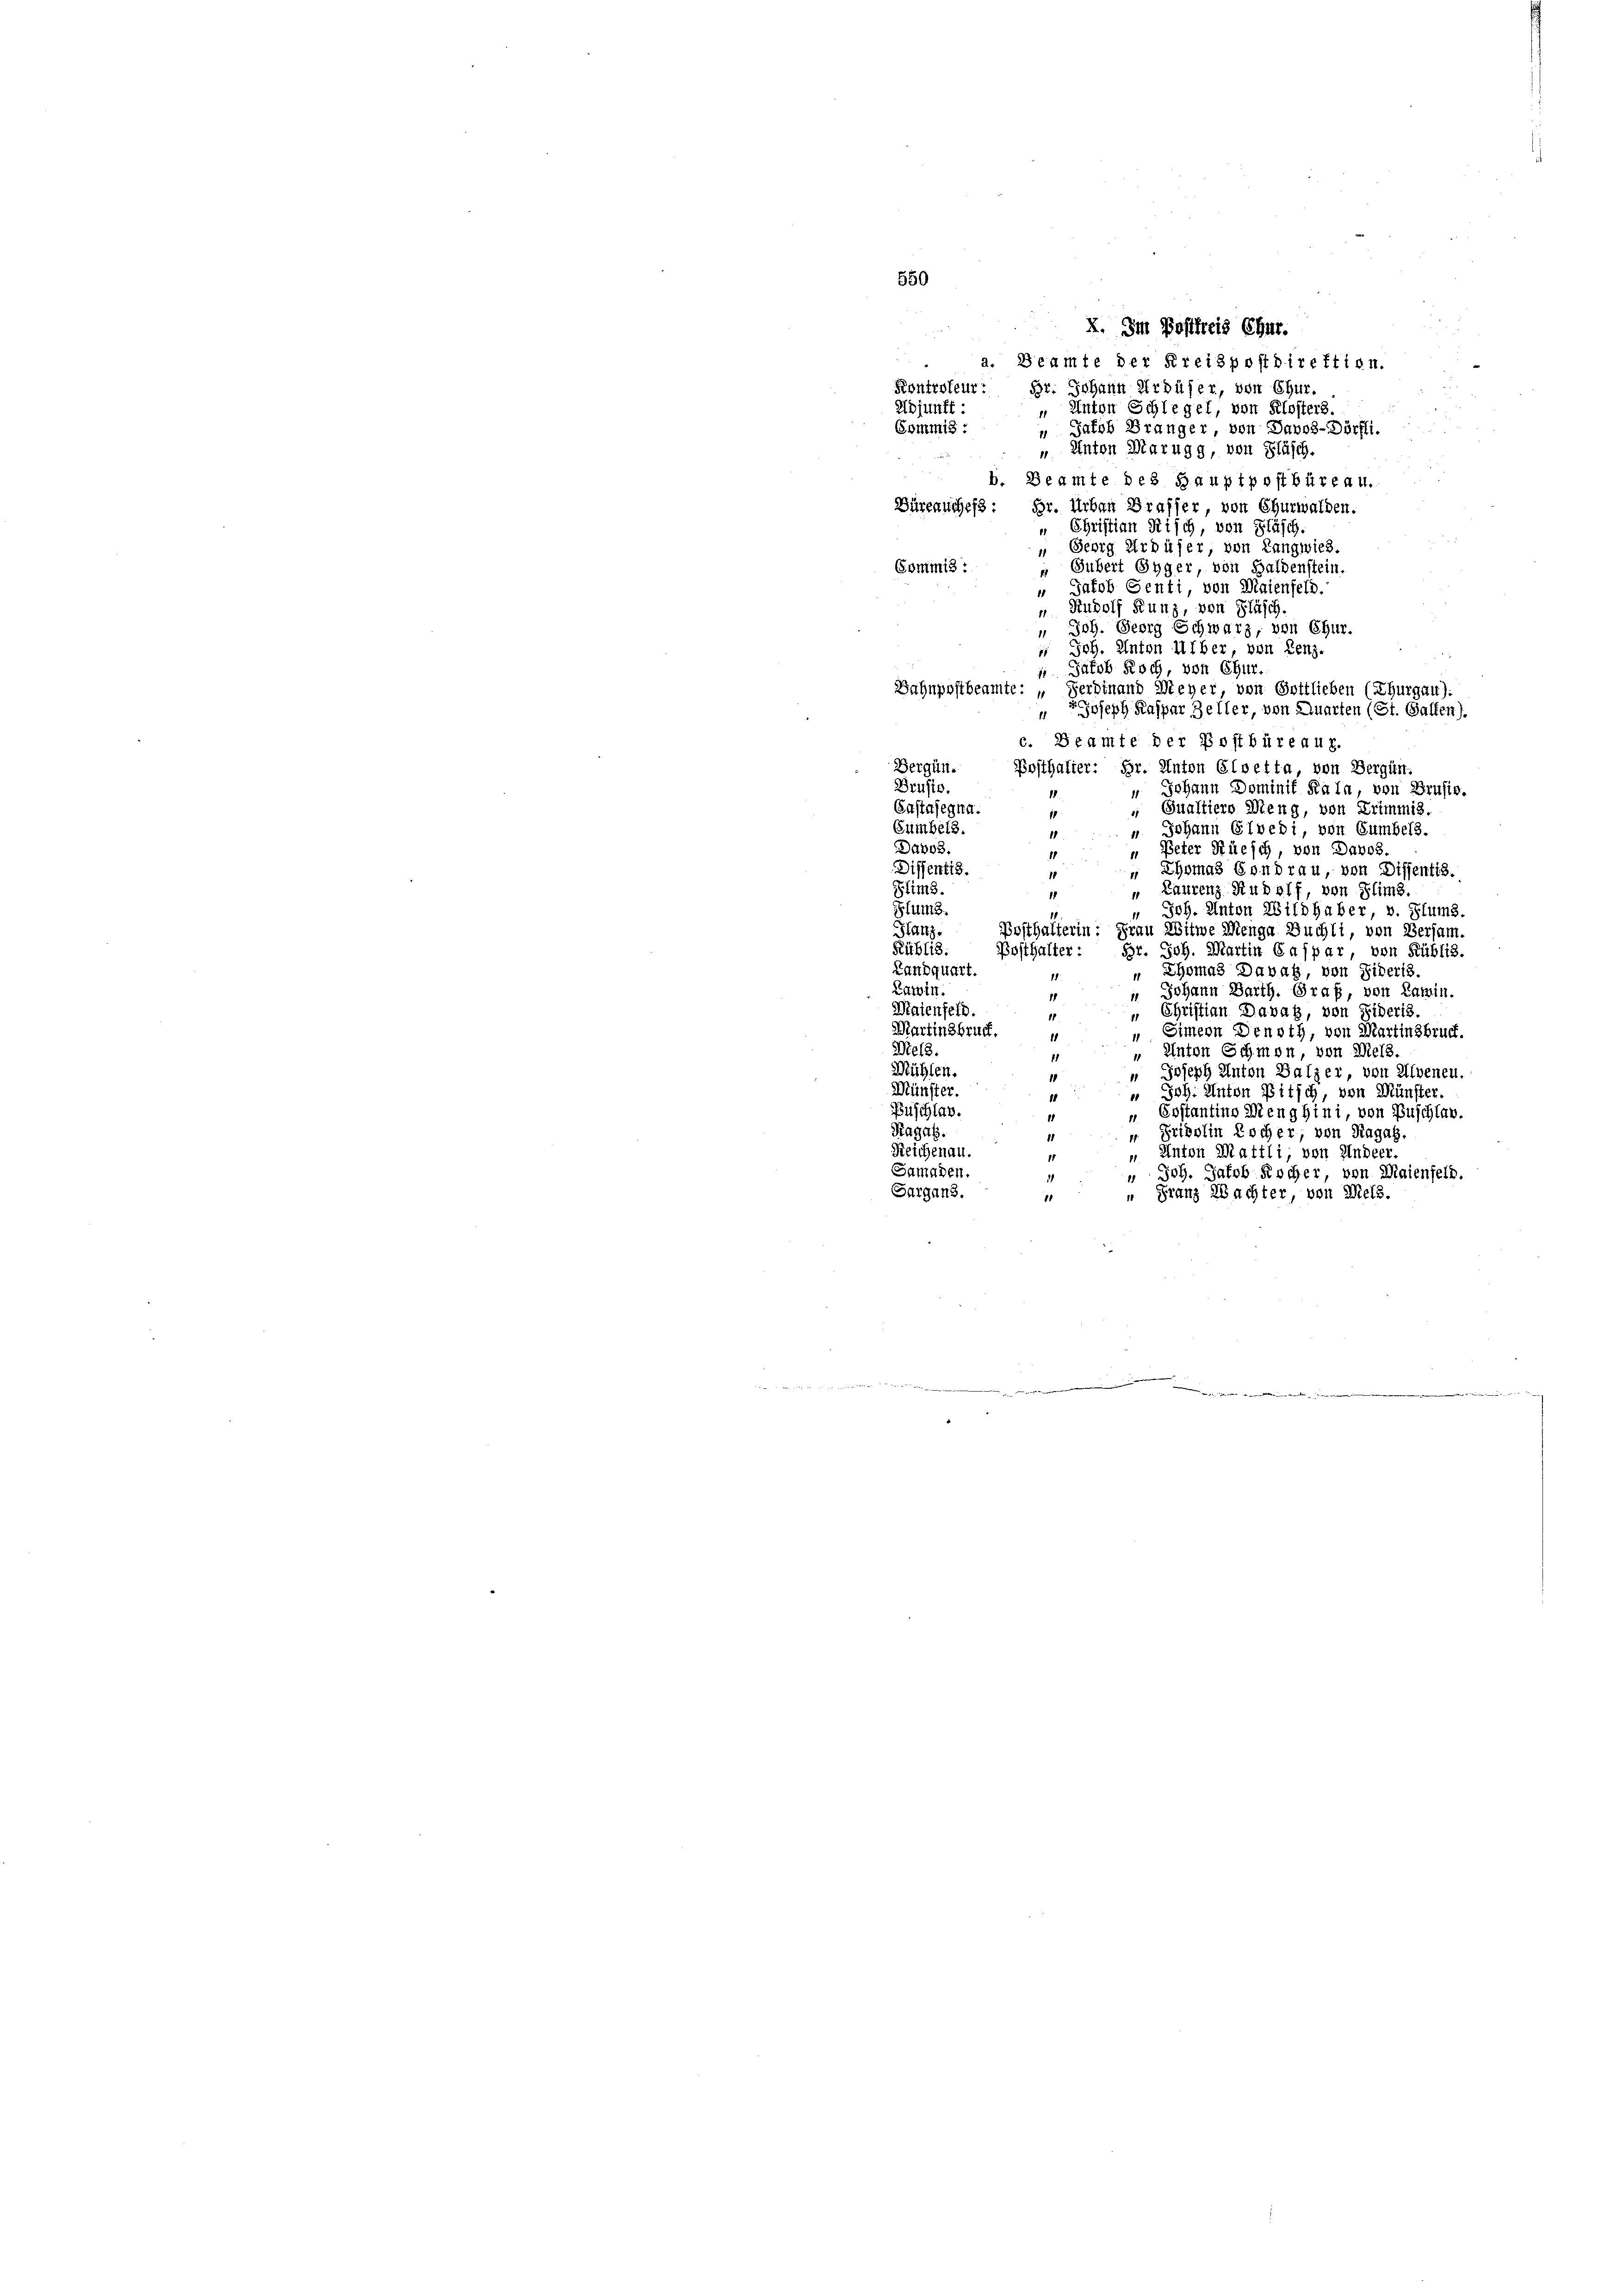
X. Im Postfreis Chur.
a. Beamte der Kreispostdirektion.
Kontroleur. Dr. Johann Urbüser, von Chur.
Abjunft: „Unten Schlegel, von Klosters.
Gommis :
" Jacob Bränger, von Davos-Dörffi.
" Anton Marugg, von Fläsch.
b. Beamte des Hauptpostbüreau.
Büreauches: Hr. Urban Braffer von Churwalden.
 Christian Kisch, von Fläsch.
 Georg Erbüfer, von Langwies.
Commis
 Gubert Egger, von Haldenstein.
“ Jakob Senti, von Maienfeld.
“ Rudolf Kunz, von Fläsch.
 Joh. Georg Schwarz, von Chur.
 Joh. Anton Uiber, von Lenz.
 Jakob Koch, von Chur.
erdinand Meyer von Gottlieben (Thurgau).
Bahnpostbeamte: „
.
" Joseph Kaspar Zeller, von Quarten (St. Gallen).
c. Beamte der Postbüreau.
Bergün. Bosthalter: Hr. Anton Cloetta, von Bergün.
Bruste.
 Johann Dominif Kala, von Brusis.
Bastasegna.
 Qualtiero Meng, von Trimmis.
11
Cumbels.
u Johann Gloedi, von Gumbels.
11
Davos.
" Peter Rüesch, von Davos
1
Diffentis.
 Thomas Condrau, von Dissentis.
11
Slims.
„ Laurenz Rudolf, von Flims.
Plung.
Joh. Anton Wildhaber, v. Plums.
1
Hlanz
Posthalterin: Frau Witwe Menge Buchli, von Versam.
Rüblis. Posthalter: Hr. Joh. Martin Caspar, von Rüblis.
Landquart.
 Thomas Davak, von Sideris.
Latin.
 Johann Barth. Graf, von Kamin.
Maienfeld.
" Christian Davag, von Sideris.

Martinsbruch.
 Simern Denoth, von Martinsbruch.
1
Mies
Anton Schmon, von Mels.
1
Mühlen.
Joseph Anton Balzer, von Alvenen.
¬
1
Münster.
 Joh. Anton Pitsch, von Münster.
Buschlag.
Eostantins Menghini, von Zuschlav.
1
Ragat.
“ Fridolin Kocher, von Ragag,
11
Reichenau.
Anton Mattli, von Andeer.
11
Samaden.
" Joh. Jakob Kocher, von Maienfeld.
Sargans.
" Franz Wachter von Mels.
11

550